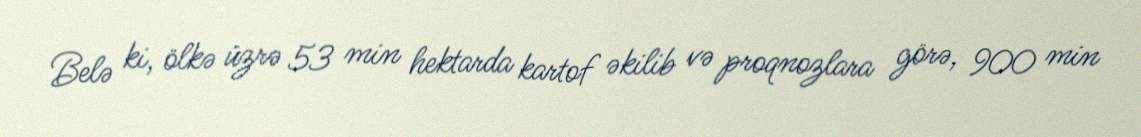
Belə ki, ölkə üzrə 53 min hektarda kartof əkilib və proqnozlara görə, 900 min